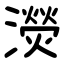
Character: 濙